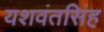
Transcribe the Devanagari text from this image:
यशवंतसिंह